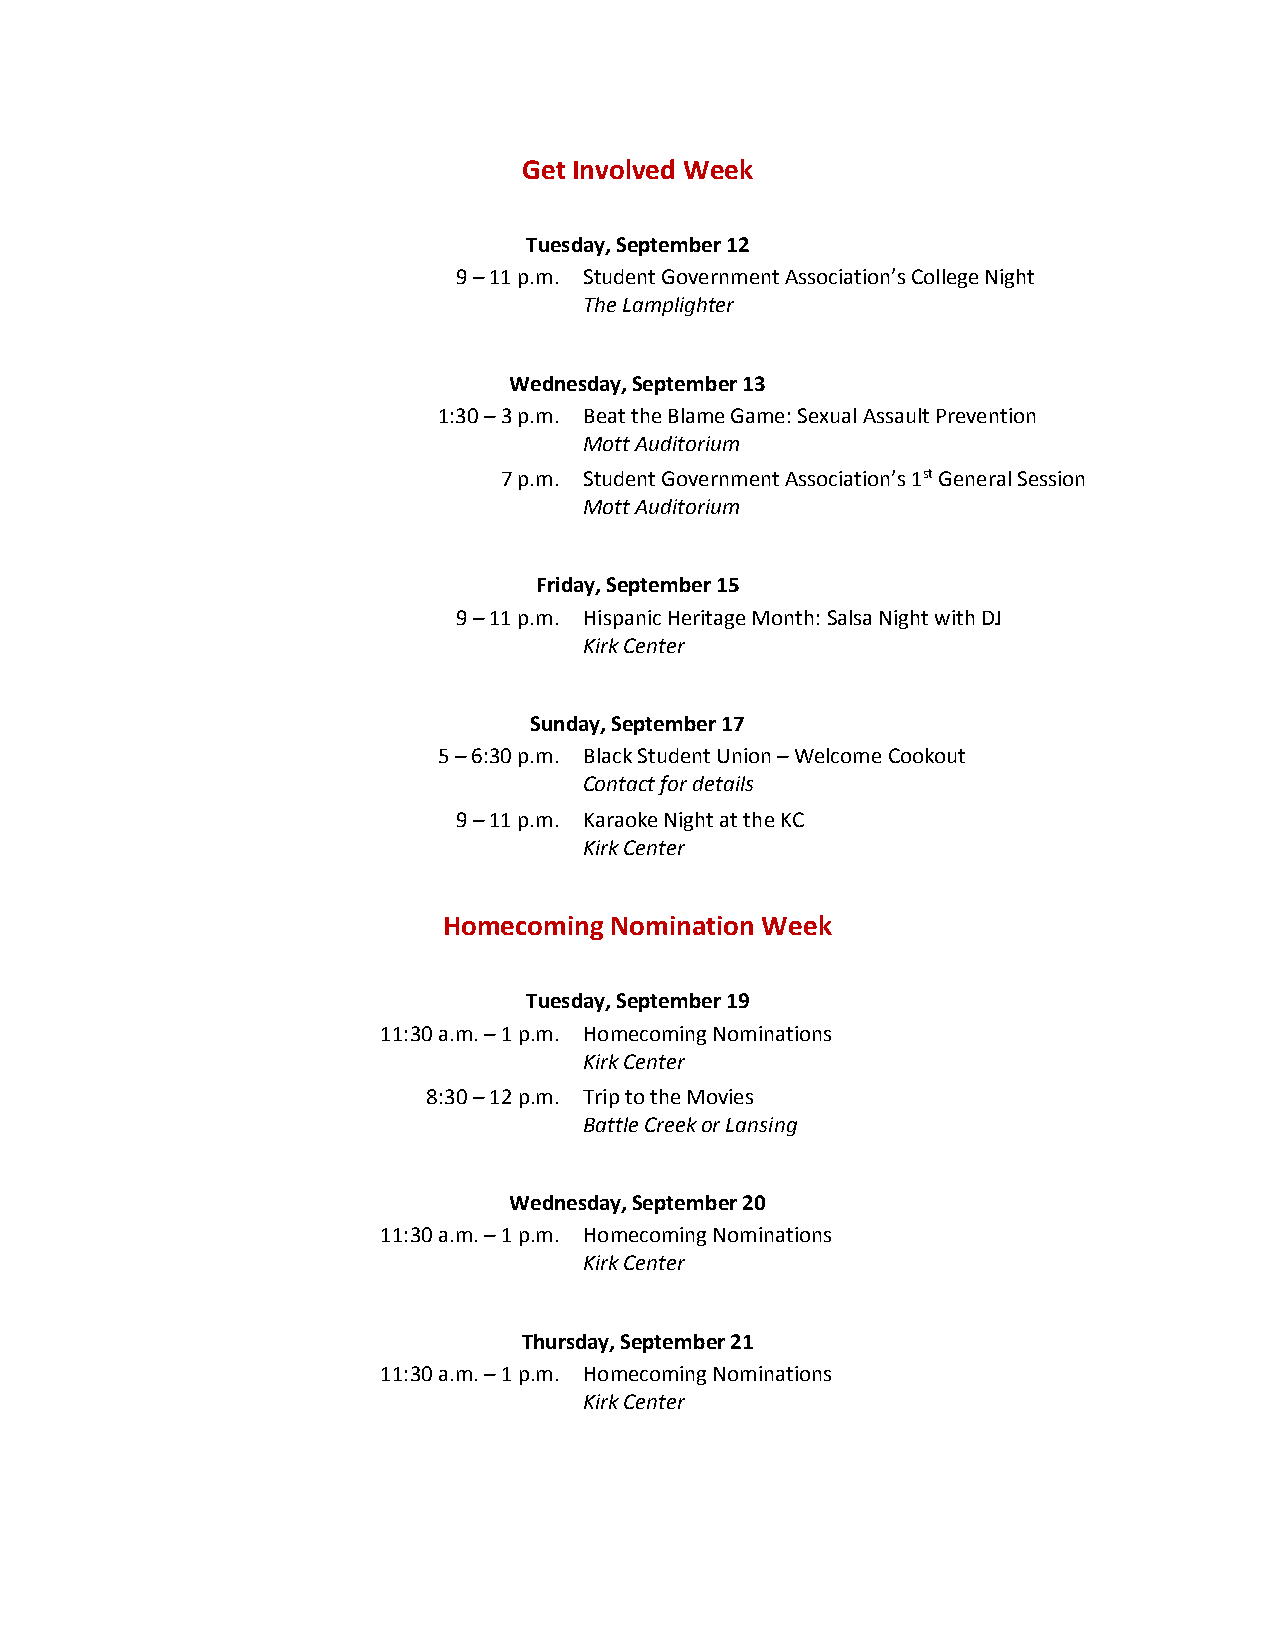
Get Involved Week
 Tuesday, September 12
 9 – 11 p.m. Student Government Association’s College Night
 The Lamplighter
 Wednesday, September 13
 1:30 – 3 p.m. Beat the Blame Game: Sexual Assault Prevention
 Mott Auditorium
 7 p.m. Student Government Association’s 1st General Session
 Mott Auditorium
 Friday, September 15
 9 – 11 p.m. Hispanic Heritage Month: Salsa Night with DJ
 Kirk Center
 Sunday, September 17
 5 – 6:30 p.m. Black Student Union – Welcome Cookout
 Contact for details
 9 – 11 p.m. Karaoke Night at the KC
 Kirk Center
 Homecoming Nomination Week
 Tuesday, September 19
 11:30 a.m. – 1 p.m. Homecoming Nominations
 Kirk Center
 8:30 – 12 p.m. Trip to the Movies
 Battle Creek or Lansing
 Wednesday, September 20
 11:30 a.m. – 1 p.m. Homecoming Nominations
 Kirk Center
 Thursday, September 21
 11:30 a.m. – 1 p.m. Homecoming Nominations
 Kirk Center